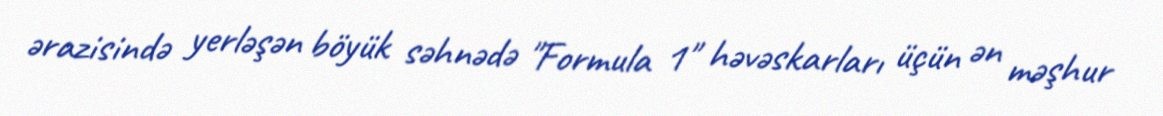
ərazisində yerləşən böyük səhnədə "Formula 1" həvəskarları üçün ən məşhur